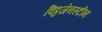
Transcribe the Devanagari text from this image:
विट्टजेनस्टीन